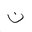
Letter: _non